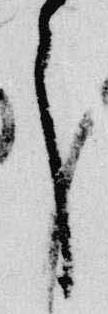
了